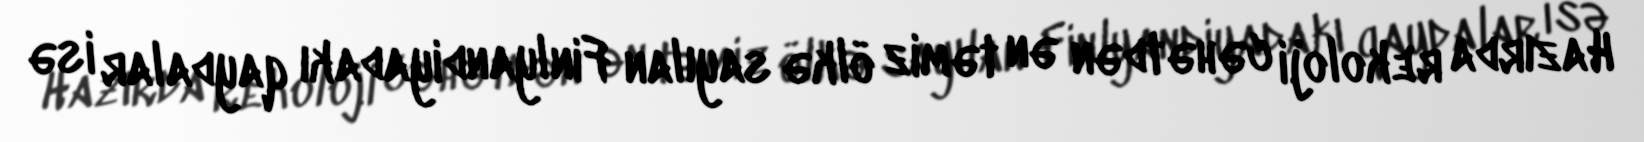
Hazırda rekoloji cəhətdən ən təmiz ölkə sayılan Finlyandiyadakı qaydalar isə